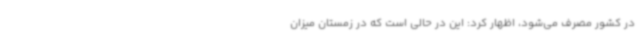
در کشور مصرف می‌شود، اظهار کرد: این در حالی است که در زمستان میزان